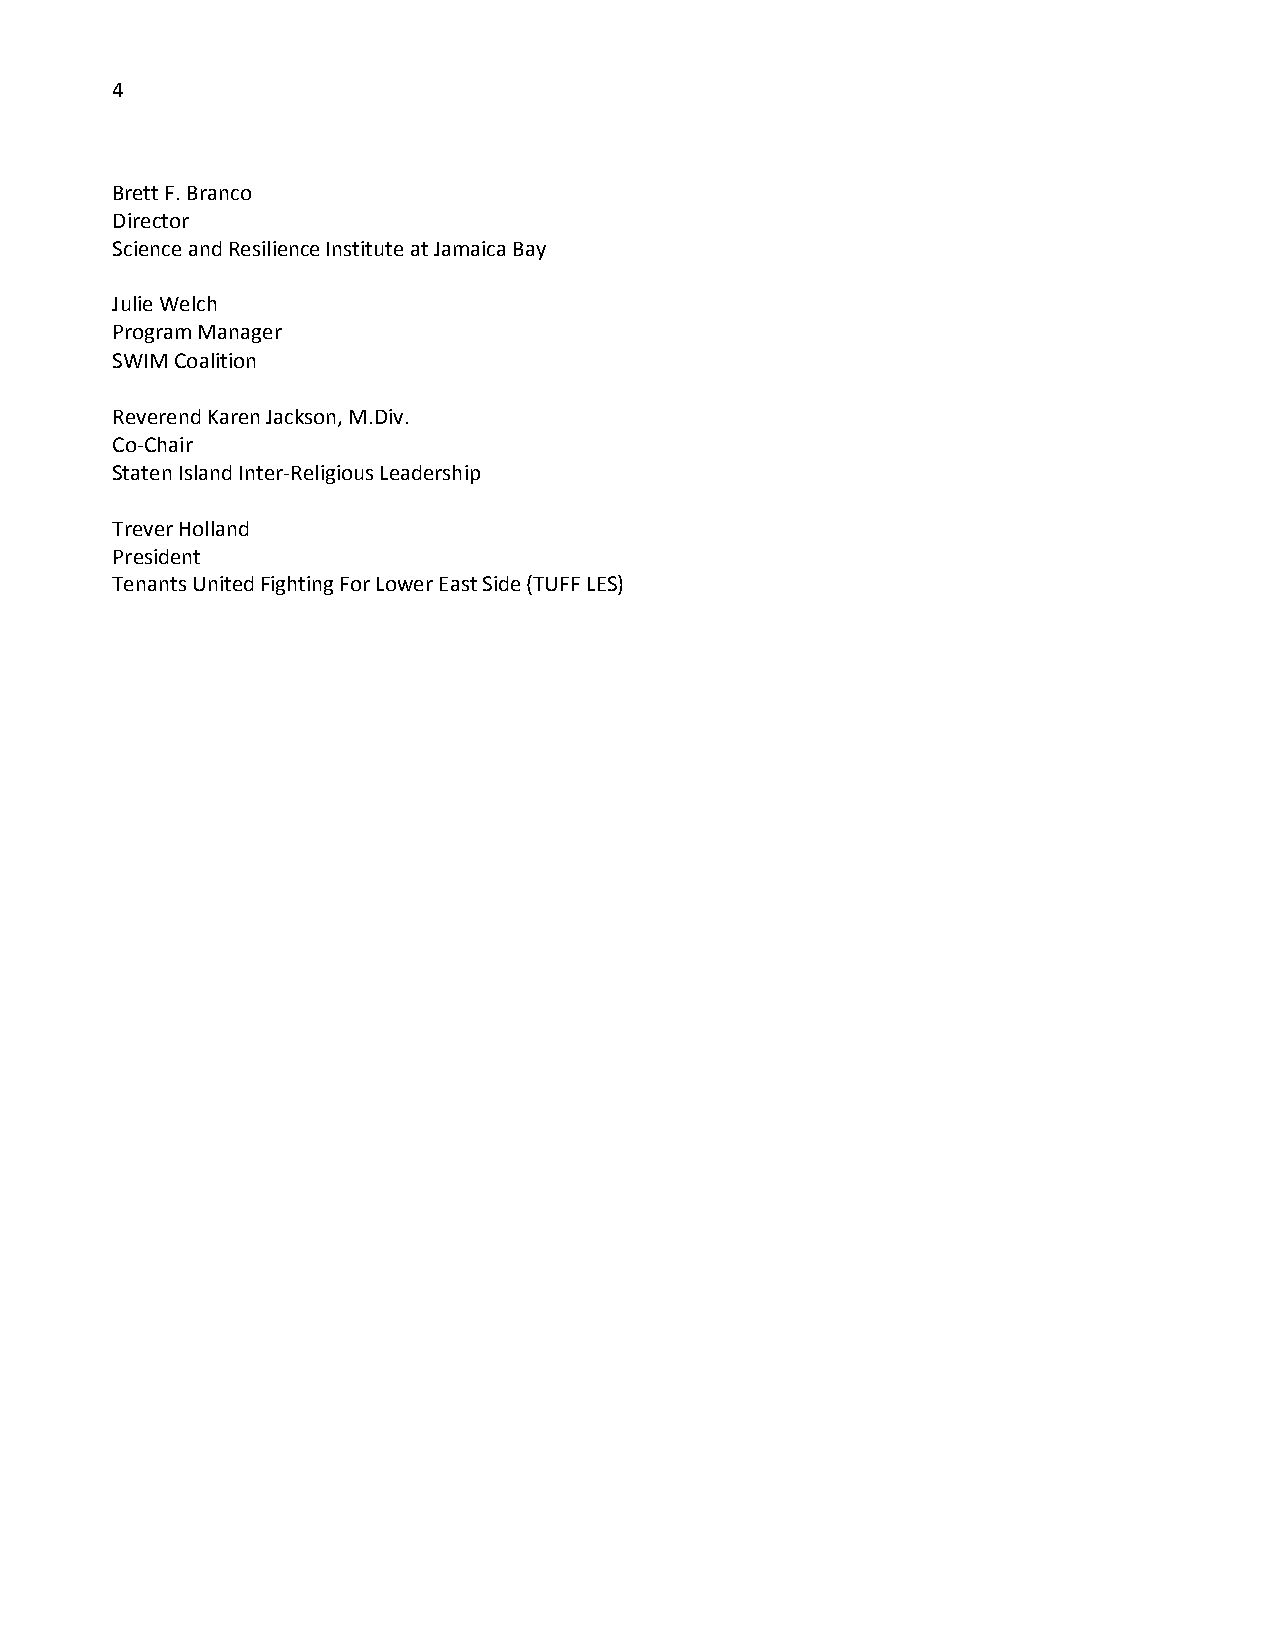
4
 Brett F. Branco
 Director
 Science and Resilience Institute at Jamaica Bay
 Julie Welch
 Program Manager
 SWIM Coalition
 Reverend Karen Jackson, M.Div.
 Co-Chair
 Staten Island Inter-Religious Leadership
 Trever Holland
 President
 Tenants United Fighting For Lower East Side (TUFF LES)